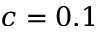
c = 0 . 1